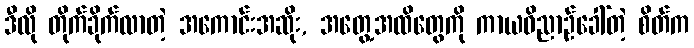
ဒီလို တိုက်ခိုက်လာတဲ့ အကောင်းအဆိုး, အတွေ့အထိတွေကို ကာယဝိညာဉ်ခေါ်တဲ့ စိတ်က